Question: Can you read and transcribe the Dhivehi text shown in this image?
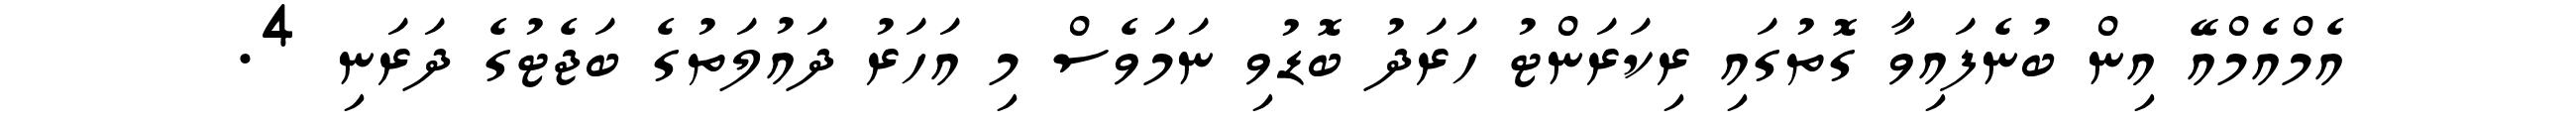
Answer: އެމްއެމްއޭ އިން ބުނެފައިވާ ގޮތުގައި ރިކަރަންޓު ހަރަދު ބޮޑުވި ނަމަވެސް މި އަހަރު ދައުލަތުގެ ބަޖެޓުގެ ދަރަނި 4.